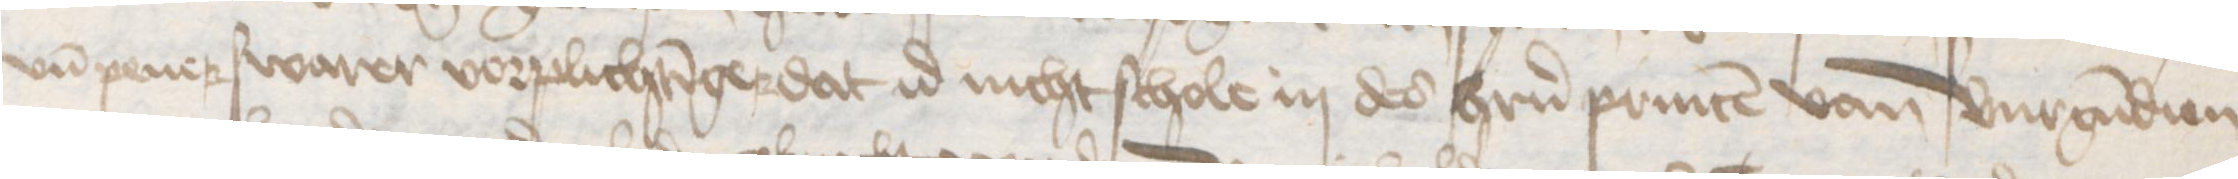
vnd pener swarer vorplichtinger dat id nicht schole in des herrn princen van Burgundien